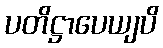
ပတိဋ္ဌာပေယျပိ